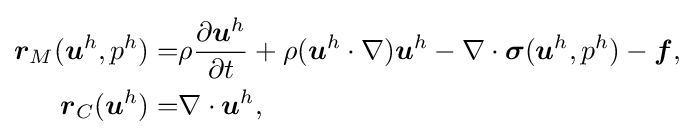
{\begin{aligned}{\boldsymbol {r}}_{M}({\boldsymbol {u}}^{h},p^{h})=&\rho {\dfrac {\partial {\boldsymbol {u}}^{h}}{\partial t}}+\rho ({\boldsymbol {u}}^{h}\cdot \nabla ){\boldsymbol {u}}^{h}-\nabla \cdot {\boldsymbol {\sigma }}({\boldsymbol {u}}^{h},p^{h})-{\boldsymbol {f}},\\{\boldsymbol {r}}_{C}({\boldsymbol {u}}^{h})=&\nabla \cdot {\boldsymbol {u}}^{h},\end{aligned}}